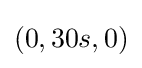
(0,30s,0)